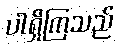
ပါရှိကြသည်